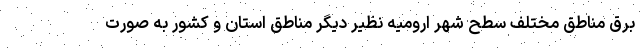
برق مناطق مختلف سطح شهر ارومیه نظیر دیگر مناطق استان و کشور به صورت